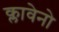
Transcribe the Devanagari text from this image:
क्लावेनो